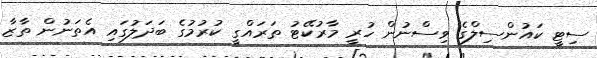
ސިޓީ ކައުންސިލްގެ ވިސްނުން ހުރީ މާރުކޭޓު ތަރައްގީ ކުރުމުގެ ބަދަލުގައި އެތަނުން ތާޒާ